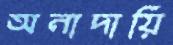
অনাদায়ি